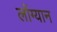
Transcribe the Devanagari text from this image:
लोंग्यान